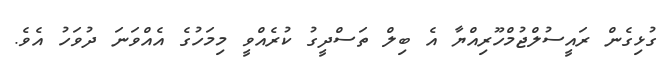
ގުޅިގެން ރައީސުލްޖުމްހޫރިއްޔާ އެ ބިލް ތަސްދީގު ކުރެއްވީ މިމަހުގެ އެއްވަނަ ދުވަހު އެވެ.